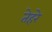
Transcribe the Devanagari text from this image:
तेहरे